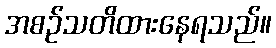
အစဉ်သတိထားနေရသည်။